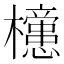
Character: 𣟻